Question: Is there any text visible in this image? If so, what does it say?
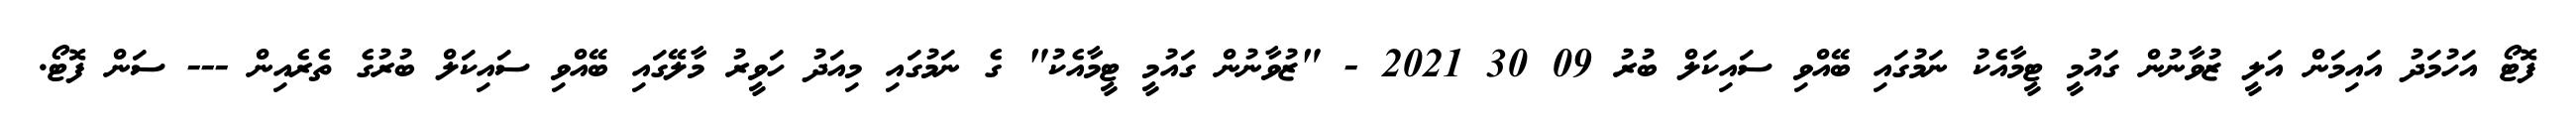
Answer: ފޮޓޯ އަހުމަދު އައިމަން އަލީ ޒުވާނުން ގައުމީ ޓީމާއެކު ނަމުގައި ބޭއްވި ސައިކަލް ބުރު 09 30 2021 - "ޒުވާނުން ގައުމީ ޓީމާއެކު" ގެ ނަމުގައި މިއަދު ހަވީރު މާލޭގައި ބޭއްވި ސައިކަލް ބުރުގެ ތެރެއިން --- ސަން ފޮޓޯ.